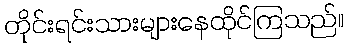
တိုင်းရင်းသားများနေထိုင်ကြသည်။